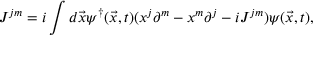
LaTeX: J ^ { j m } = i \int d \vec { x } \psi ^ { \dag } ( \vec { x } , t ) ( x ^ { j } \partial ^ { m } - x ^ { m } \partial ^ { j } - i { \cal J } ^ { j m } ) \psi ( \vec { x } , t ) ,